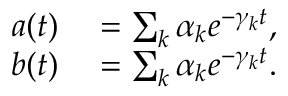
\begin{array} { r l } { a ( t ) } & { { } = \sum _ { k } \alpha _ { k } e ^ { - \gamma _ { k } t } , } \\ { b ( t ) } & { { } = \sum _ { k } \alpha _ { k } e ^ { - \gamma _ { k } t } . } \end{array}